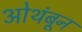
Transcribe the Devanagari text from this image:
ओथंबून